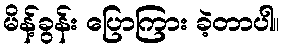
မိန့်ခွန်း ပြောကြား ခဲ့တာပါ။